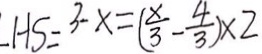
L H S = 3 - x = ( \frac { x } { 3 } - \frac { 4 } { 3 } ) \times 2